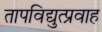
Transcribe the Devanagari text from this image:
तापविद्युत्प्रवाह